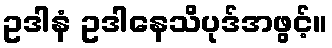
ဥဒါနံ ဥဒါနေသိပုဒ်အဖွင့်။